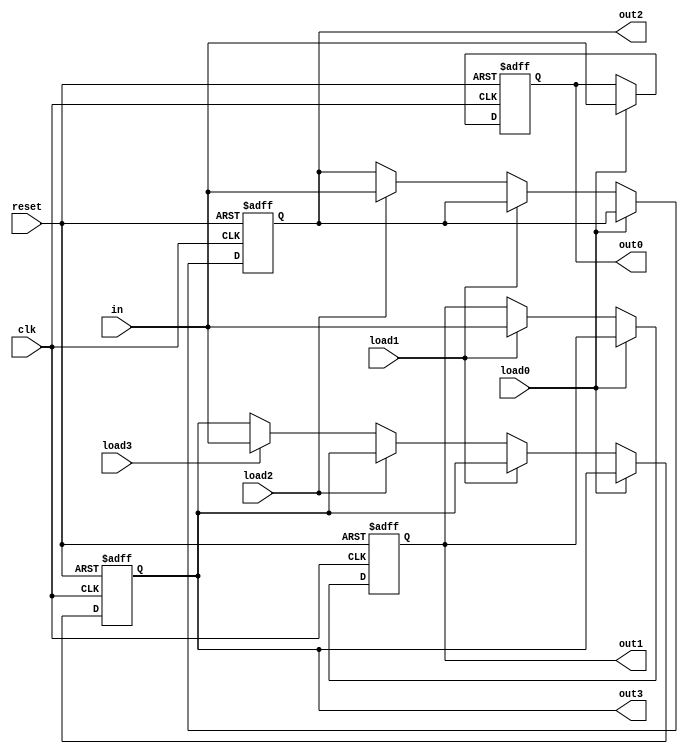
module gp_registers(clk,reset,in,load0,load1,load2,load3,out0,out1,out2,out3);
   
 input clk,reset;
 input [7:0] in;
 input load0,load1,load2,load3;
 
 output [7:0] out0,out1,out2,out3;
 
 reg [7:0] out0,out1,out2,out3;
 
 always @(posedge clk,posedge reset)
 begin
 if(reset) begin
 out0 <= 0;
 out1 <= 0;
 out2 <= 0;
 out3 <= 0;
 end
 else if(load0) begin
 out0 <= in;
 end
 else if(load1) begin
 out1 <= in;
 end
 else if(load2) begin
 out2 <= in;
 end
 else if(load3) begin
 out3 <= in;
 end
end

endmodule